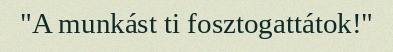
"A munkást ti fosztogattátok!"